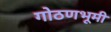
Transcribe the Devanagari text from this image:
गोठणभूमी